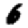
Digit: 6